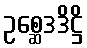
ဥစ္ဆေဒဒိဋ္ဌိ